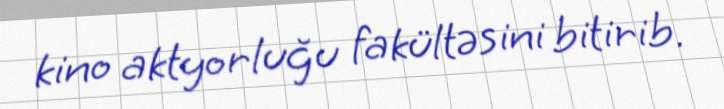
kino aktyorluğu fakültəsini bitirib.